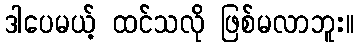
ဒါပေမယ့် ထင်သလို ဖြစ်မလာဘူး။